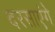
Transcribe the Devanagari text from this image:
दरसाएंगे